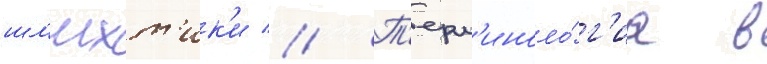
шл'ихт'ик'и // Т'ерм'иноло́г'иа в